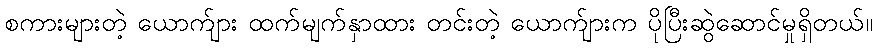
စကားများတဲ့ ယောက်ျား ထက်မျက်နှာထား တင်းတဲ့ ယောက်ျားက ပိုပြီးဆွဲဆောင်မှုရှိတယ်။